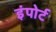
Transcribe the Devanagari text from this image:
इंपोर्ट